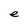
Character: e